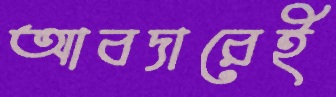
আবদারেই